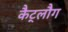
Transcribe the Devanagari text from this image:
कैट्लौग